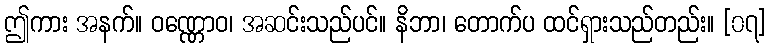
ဤကား အနက်။ ဝဏ္ဏောဝ၊ အဆင်းသည်ပင်။ နိဘာ၊ တောက်ပ ထင်ရှားသည်တည်း။ [၀၇]